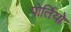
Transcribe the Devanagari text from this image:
पोर्तियो